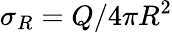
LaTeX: \sigma_{R}=Q/4\pi R^{2}